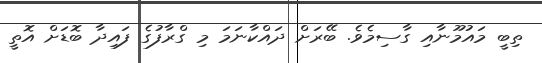
ތިބީ މައުމޫނާއި ގާސިމެވެ. ބޭރަށް ދައްކާނަމަ މި ގްރާފުގެ ފައިދާ ބޮޑަށް އޮތީ